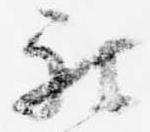
被